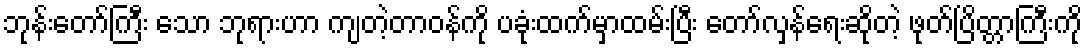
ဘုန်းတော်ကြီး သော ဘုရားဟာ ကျတဲ့တာဝန်ကို ပခုံးထက်မှာထမ်းပြီး တော်လှန်ရေးဆိုတဲ့ ဖုတ်ပြိတ္တာကြီးကို